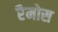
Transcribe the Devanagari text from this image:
रैमोस